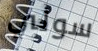
سولي